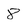
Character: 8